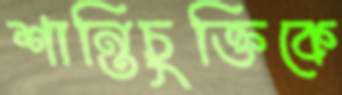
শান্তিচুক্তিকে